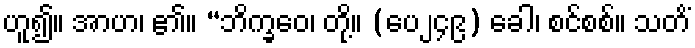
ဟူ၍။ အာဟ၊ ၏။ “ဘိက္ခဝေ၊ တို့။ (ပေ၂၄၉) ခေါ၊ စင်စစ်။ သတိံ